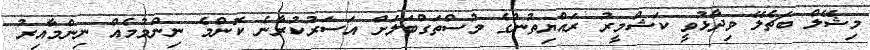
މިޝޭލް ބަޗެލޭ ވިދާޅުވީ ކަޝްމީރު ރައްޔިތުންގެ މުސްތަގްބަލަށް އަސަރުކުރާނެ ކޮންމެ ނިންމުމެއް ނިންމާއިރު